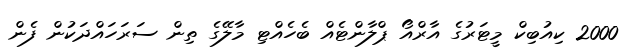
2000 ކިއުބިކް މީޓަރުގެ އާރްއޯ ޕްލާންޓެއް ބެހެއްޓި މާލޭގެ ތިން ސަރަހައްދަކުން ފެން